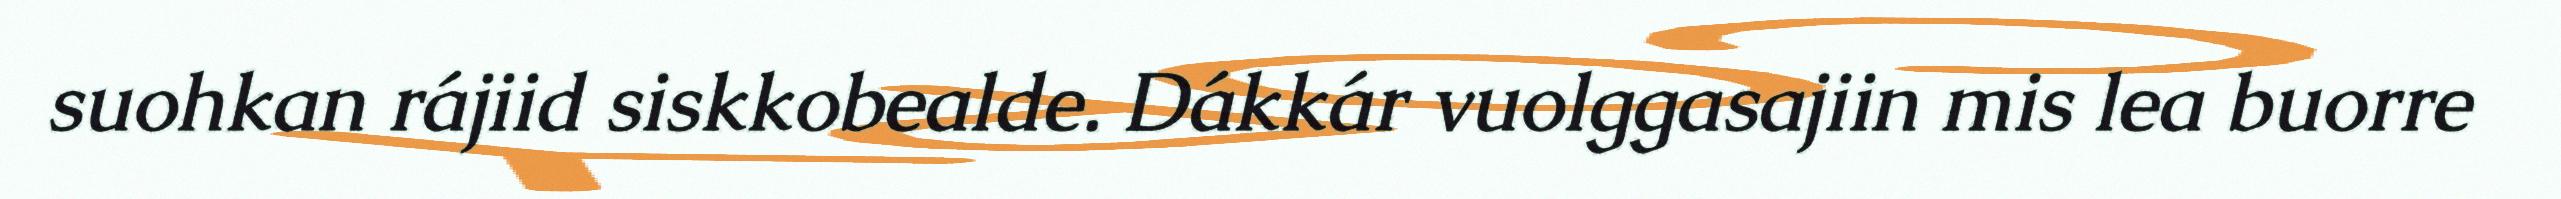
suohkan rájiid siskkobealde. Dákkár vuolggasajiin mis lea buorre